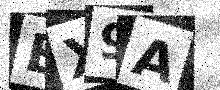
Text: BX9A